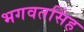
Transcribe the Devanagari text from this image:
भगवतसिंह